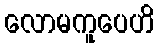
လောမကူပေဟိ